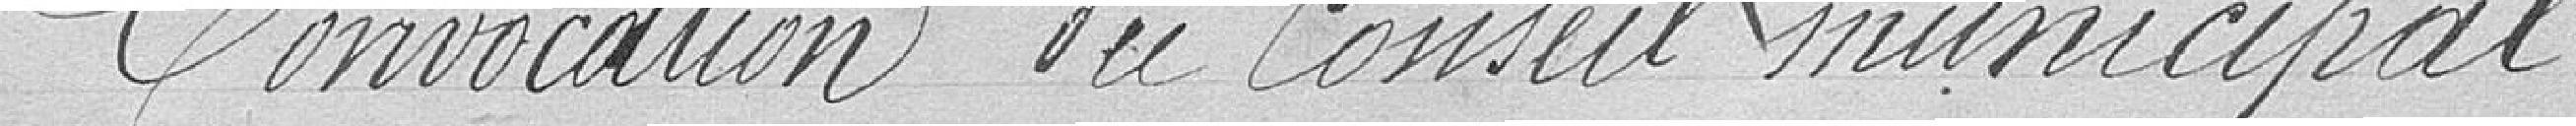
Convocation du Conseil Municipal